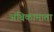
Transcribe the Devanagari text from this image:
अंबिकामाता